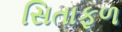
સિતાફળ